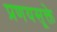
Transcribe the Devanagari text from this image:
प्रणयसूक्ते